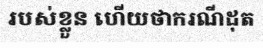
របស់ខ្លួន ហើយថាករណីដុត